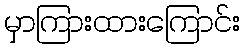
မှာကြားထားကြောင်း